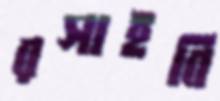
রসাইবি